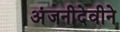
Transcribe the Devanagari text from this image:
अंजनीदेवीने